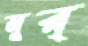
মুর্